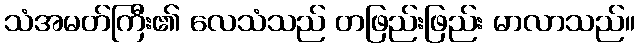
သံအမတ်ကြီး၏ လေသံသည် တဖြည်းဖြည်း မာလာသည်။